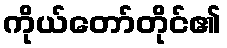
ကိုယ်တော်တိုင်၏